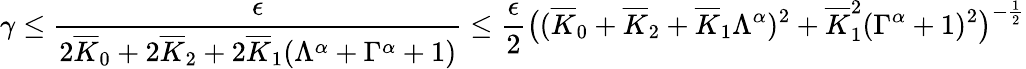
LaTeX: \gamma\le\frac{\epsilon}{2\overline{{K}}_{0}+2\overline{{K}}_{2}+2\overline{{K}}_{1}(\Lambda^{\alpha}+\Gamma^{\alpha}+1)}\le\frac{\epsilon}{2}\big((\overline{{K}}_{0}+\overline{{K}}_{2}+\overline{{K}}_{1}\Lambda^{\alpha})^{2}+\overline{{K}}_{1}^{2}(\Gamma^{\alpha}+1)^{2}\big)^{-\frac{1}{2}}